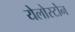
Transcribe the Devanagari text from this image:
येलोस्टोन